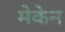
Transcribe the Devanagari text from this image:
मेकेन